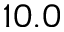
1 0 . 0